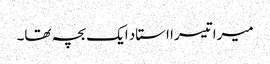
میرا تیسرا استاد ایک بچہ تھا۔